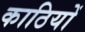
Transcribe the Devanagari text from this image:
काठियों